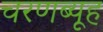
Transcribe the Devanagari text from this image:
चरणब्यूह